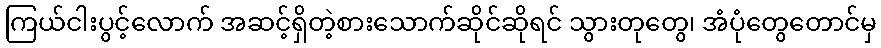
ကြယ်ငါးပွင့်လောက် အဆင့်ရှိတဲ့စားသောက်ဆိုင်ဆိုရင် သွားတုတွေ၊ အံပုံတွေတောင်မှ